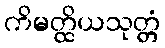
ကိမတ္ထိယသုတ္တံ